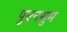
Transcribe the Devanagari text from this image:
पुएनसुम